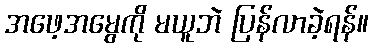
အဖေ့အမွေကို မယူဘဲ ပြန်လာခဲ့ရန်။